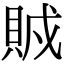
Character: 𧶂